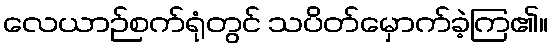
လေယာဉ်စက်ရုံတွင် သပိတ်မှောက်ခဲ့ကြ၏။